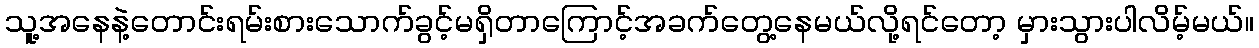
သူ့အနေနဲ့တောင်းရမ်းစားသောက်ခွင့်မရှိတာကြောင့်အခက်တွေ့နေမယ်လို့ရင်တော့ မှားသွားပါလိမ့်မယ်။